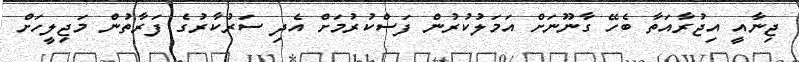
ޖިނާއީ އިޖުރާއަތާ ބެހޭ ގާނޫނަށް އަމަލުކުރުން ފަސްކުރުމަށް އެދި ސަރުކާރުގެ ފަރާތުން މަޖިލީހަށް